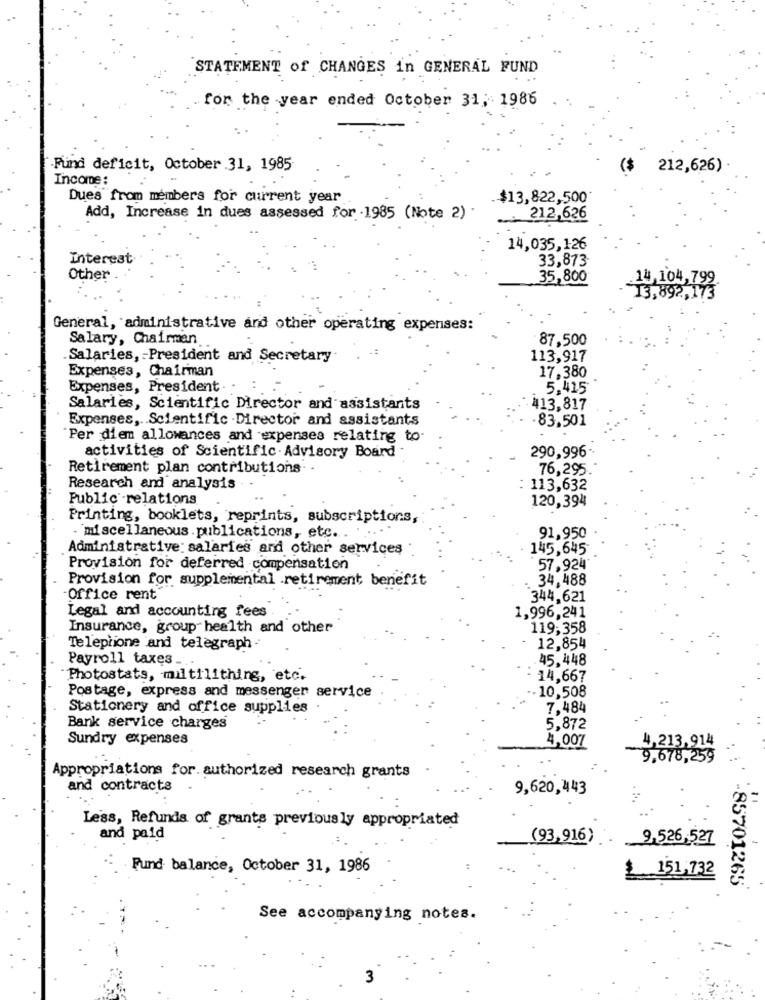
STATEMENT of CHANGES in GENERAL FUND
for the year ended October 31, 1986
Fund deficit, October 31, 1985
($
212,626)
Income:
Dues from members for current year
.$13,822,500
Add, Increase in dues assessed for 1985 (Note 2)
212,626
14,035,126
Interest
33,873
Other
35,800
.14,104,799
13,892, 173
General, administrative and other operating expenses:
Salary, Chairman
87,500
.Salaries, - President and Secretary
113,917
Expenses, Chairman
17,380
Expenses, President
5.415
Salaries, Scientific Director and assistants
413,817
Expenses, Scientific -Director and assistants
.83,501
Per diem allowances and expenses relating to
290,996-
activities of Scientific . Advisory Board
Retirement plan contributions. .
76,295
Research and analysis
: 113,632
Public-relations
120,394
Printing, booklets, reprints, subscriptions,
- miscellaneous. publications, etc ..
91,950
Administrative: salaries and other services
145,645
Provision for deferred compensation
57,924
Provision for supplemental .retirement benefit
34,488
Office rent
344,621
Legal and accounting fees
1,996,241
Insurance, group health and other
119,358
Teleprione and telegraph -
12,854
Payroll taxes ..
. 45,448
Photostats, multilithing, etc.
14,667
Postage, express and messenger service
-10,508
Stationery and office supplies
7.484
Bank service charges
5,872
Sundry expenses
4,007
4,213,914
9,678,259
Appropriations for. authorized research grants
and contracts
9,620,443
Less, Refunds of grants previously appropriated
and paid
(93,916)
9,526,527
Fund balance, October 31, 1986
$ 151,732
-85701265
See accompanying notes.
3